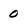
Character: 0